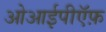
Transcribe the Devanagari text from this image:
ओआईपीऍफ़